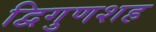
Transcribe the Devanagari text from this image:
द्विगुणशह